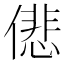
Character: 𠎩